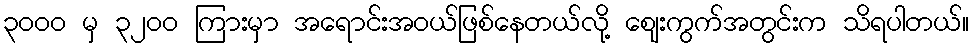
၃၀၀၀ မှ ၃၂၀၀ ကြားမှာ အရောင်းအဝယ်ဖြစ်နေတယ်လို့ ဈေးကွက်အတွင်းက သိရပါတယ်။